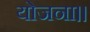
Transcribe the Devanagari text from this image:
योजना।।